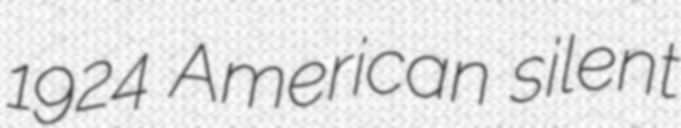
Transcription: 1924 American silent